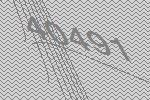
40491